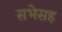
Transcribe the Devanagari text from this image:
सभेसह